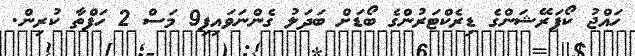
ހައްޖު ކޯޕަރޭޝަންގެ ޑިރެކްޓަރުންގެ ބޯޑަށް ބަދަލު ގެންނަވައިފި9 މަސް 2 ހަފްތާ ކުރިން.